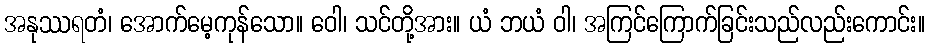
အနုဿရတံ၊ အောက်မေ့ကုန်သော။ ဝေါ၊ သင်တို့အား။ ယံ ဘယံ ဝါ၊ အကြင်ကြောက်ခြင်းသည်လည်းကောင်း။